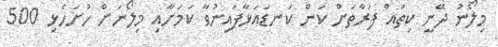
މިލޯނު ދޭނީ ކިތައް ފަރާތަށް ކަން ކަނޑައަޅާފައިނުވާ ކަމަށާއި މިލޯނަށް ހުށަހެޅި 500